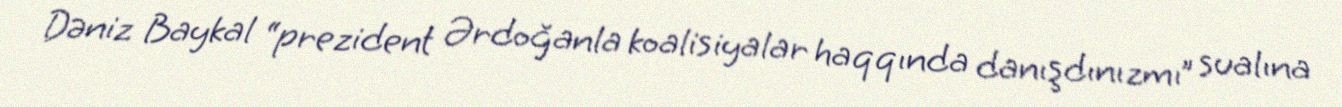
Dəniz Baykal “prezident Ərdoğanla koalisiyalar haqqında danışdınızmı” sualına